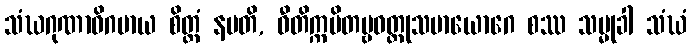
သံဃဂုဏာဓိဂမာယ စိတ္တံ နမတိ, ဝီတိက္ကမိတဗ္ဗဝတ္ထုသမာယောဂေ စဿ သမ္မုခါ သံဃံ